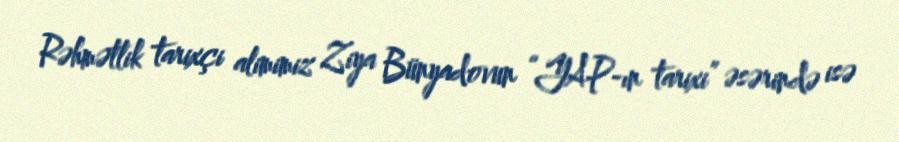
Rəhmətlik tarixçi alimimiz Ziya Bünyadovun “YAP-ın tarixi” əsərində isə